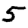
Digit: 5